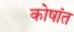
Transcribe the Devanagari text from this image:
कोषांत